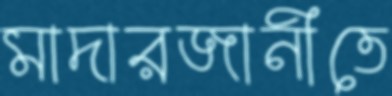
মাদারজানীতে